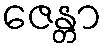
ဇေန္တာ